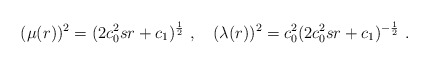
\begin{align*} (\mu(r))^2=(2c_0^2sr+c_1)^\frac{1}{2}\ ,\quad (\lambda(r))^2=c_0^2(2c_0^2sr+c_1)^{-\frac{1}{2}}\ .\end{align*}